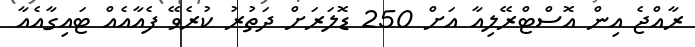
ރާއްޖެ އިން އޮސްޓްރޭލިއާ އަށް 250 ޑޮލަރަށް ދަތުރު ކުރެވޭ ފެއާއެއް ޓައިގާއެއާ